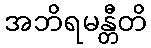
အဘိရမန္တီတိ